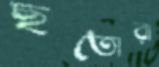
ছতোরা